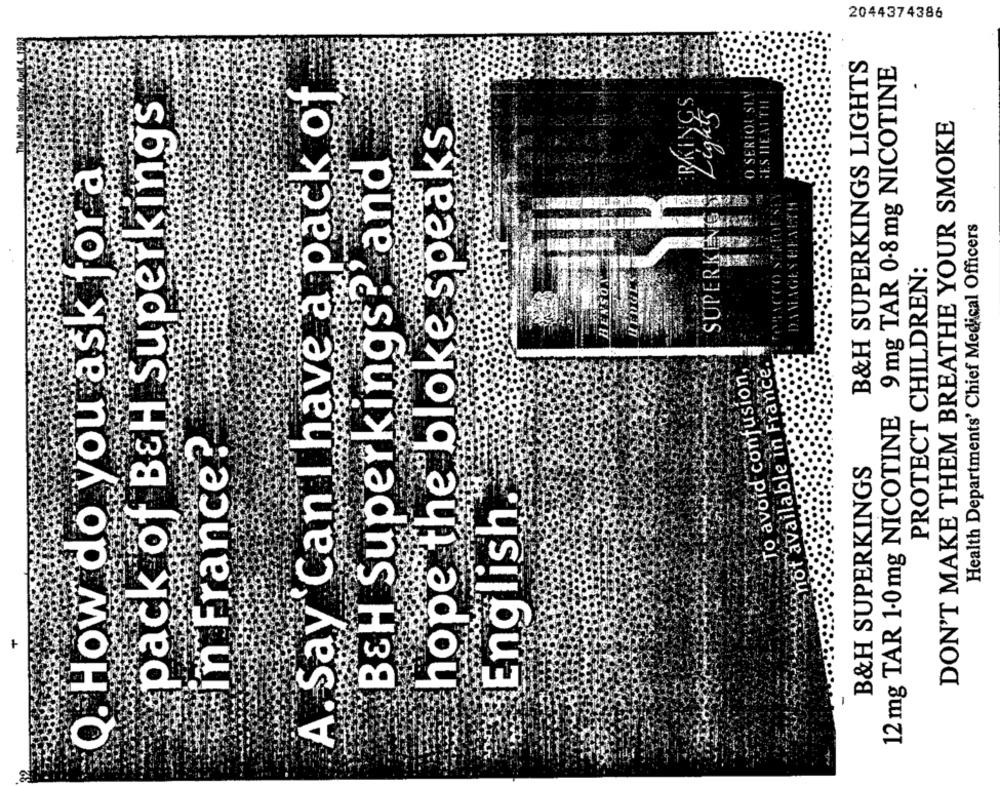
2044374386
B&H SUPERKINGS LIGHTS
12 mg TAR 1.0mg NICOTINE 9 mg TAR 0-8 mg NICOTINE
A. Say Can I have a pack of
O SERIOUSLY
pack of BEH Superkings
Lights
SES HEALTH
DON'T MAKE THEM BREATHE YOUR SMOKE
hope the bloke speaks
BEH Superkings? and
Q. How do you ask for a
TOFSi
SUPERKEVE
Health Departments' Chief Medical Officers
TOBACCO S
DAMAGEY
PROTECT CHILDREN:
To avoid confusion,
not available in France.
In France?
B&H SUPERKINGS
English